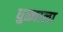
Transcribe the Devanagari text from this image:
धुळ्याला